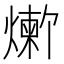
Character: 𬋆